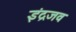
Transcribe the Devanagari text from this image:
इंद्रजव